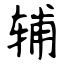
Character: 辅